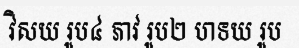
វិសយ រូប៤ ភាវ រូប២ ហទយ រូប